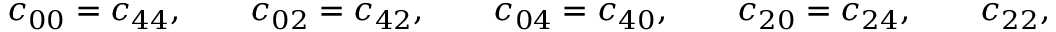
c _ { 0 0 } = c _ { 4 4 } , \qquad c _ { 0 2 } = c _ { 4 2 } , \qquad c _ { 0 4 } = c _ { 4 0 } , \qquad c _ { 2 0 } = c _ { 2 4 } , \qquad c _ { 2 2 } , \qquad c _ { 1 1 } = c _ { 3 3 } , \qquad c _ { 1 3 } = c _ { 3 1 } .